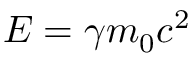
E = \gamma m _ { 0 } c ^ { 2 }